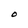
Character: O